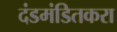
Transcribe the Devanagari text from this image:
दंडमंडितकरा